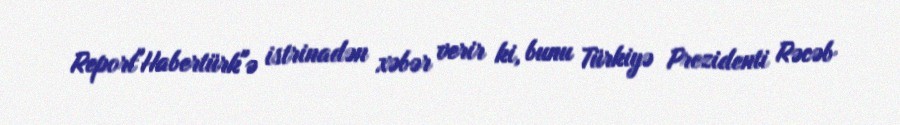
Report"Habertürk"ə istrinadən xəbər verir ki, bunu Türkiyə Prezidenti Rəcəb